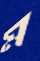
ম